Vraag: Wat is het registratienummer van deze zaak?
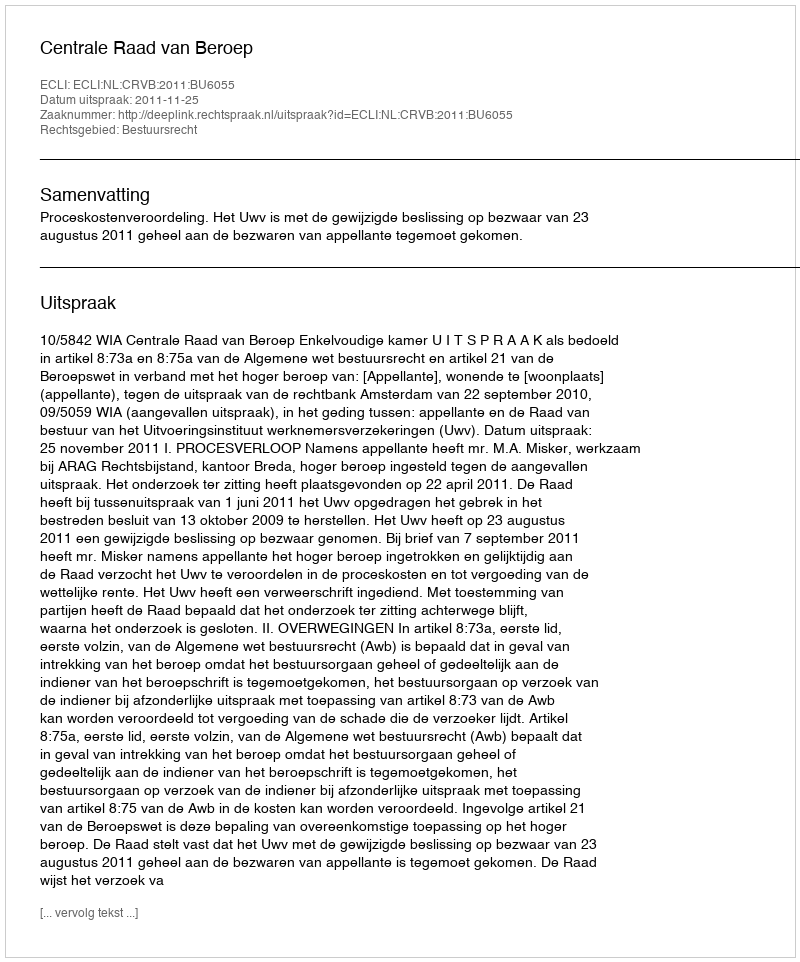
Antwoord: http://deeplink.rechtspraak.nl/uitspraak?id=ECLI:NL:CRVB:2011:BU6055